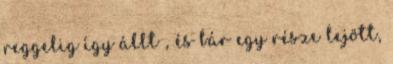
reggelig így állt , és bár egy része lejött,